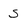
Character: s